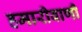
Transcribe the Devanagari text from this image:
हमारीवाणी